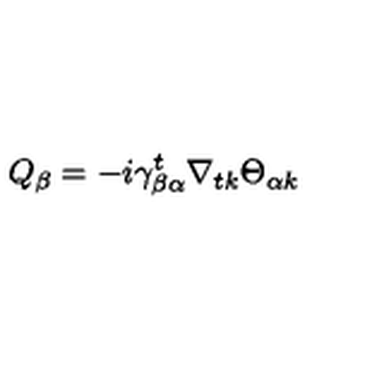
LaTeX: Q _ { \beta } = - i \gamma _ { \beta \alpha } ^ { t } \nabla _ { t k } \Theta _ { \alpha k }